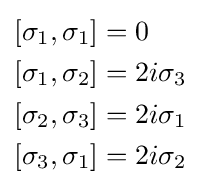
{\begin{aligned}\left[\sigma _{1},\sigma _{1}\right]&=0\\\left[\sigma _{1},\sigma _{2}\right]&=2i\sigma _{3}\\\left[\sigma _{2},\sigma _{3}\right]&=2i\sigma _{1}\\\left[\sigma _{3},\sigma _{1}\right]&=2i\sigma _{2}\end{aligned}}